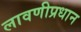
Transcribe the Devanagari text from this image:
लावणीप्रधान